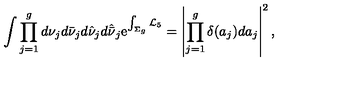
\int \prod _ { j = 1 } ^ { g } d \nu _ { j } d \bar { \nu } _ { j } d \hat { \nu } _ { j } d \hat { \bar { \nu } } _ { j } \mathrm { e } ^ { \int _ { \Sigma _ { g } } { \cal L } _ { 5 } } = \left| \prod _ { j = 1 } ^ { g } \delta ( a _ { j } ) d a _ { j } \right| ^ { 2 } ,